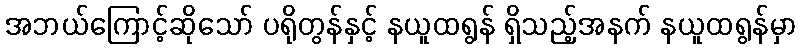
အဘယ်ကြောင့်ဆိုသော် ပရိုတွန်နှင့် နယူထရွန် ရှိသည့်အနက် နယူထရွန်မှာ